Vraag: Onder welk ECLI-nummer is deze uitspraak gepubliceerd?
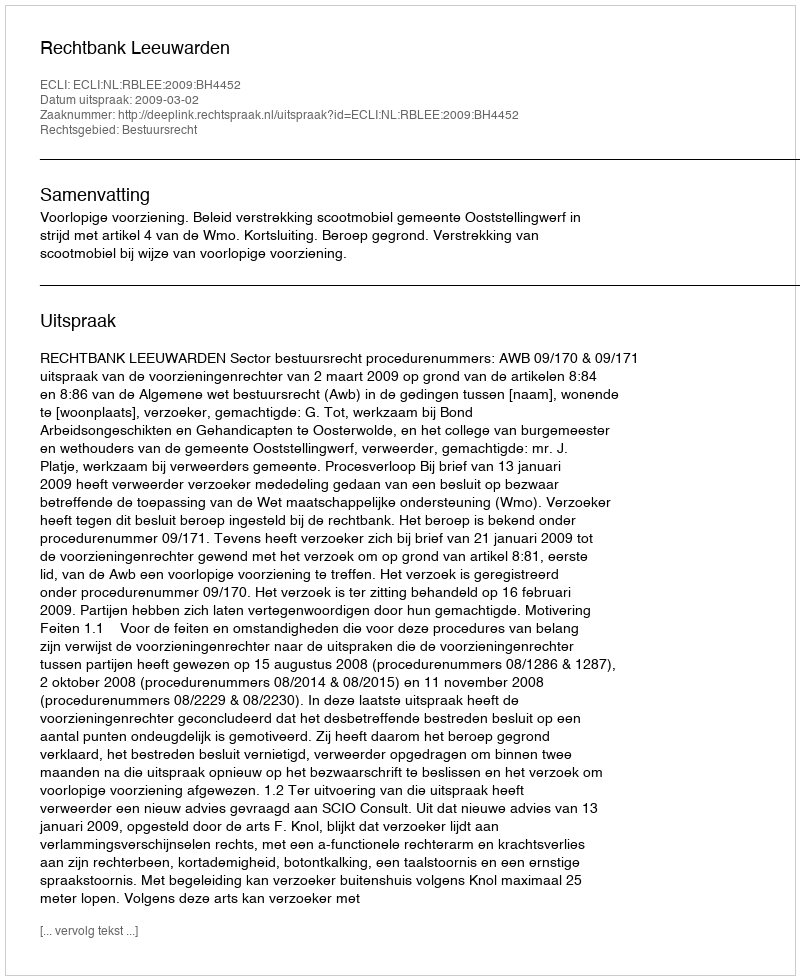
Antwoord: ECLI:NL:RBLEE:2009:BH4452